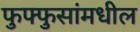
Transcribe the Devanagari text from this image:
फुफ्फुसांमधील